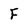
Character: F